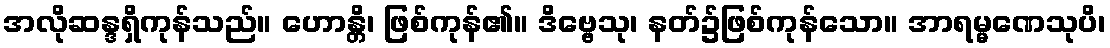
အလိုဆန္ဒရှိကုန်သည်။ ဟောန္တိ၊ ဖြစ်ကုန်၏။ ဒိဗ္ဗေသု၊ နတ်၌ဖြစ်ကုန်သော။ အာရမ္မဏေသုပိ၊